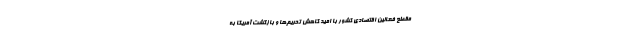
مقطع فعالین اقتصادی کشور با امید کاهش تحریم‌ها و بازگشت آمریکا به